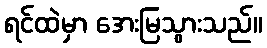
ရင်ထဲမှာ အေးမြသွားသည်။